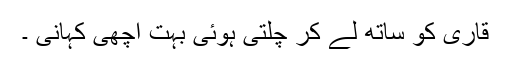
قاری کو ساتھ لے کر چلتی ہوئی بہت اچھی کہانی ۔